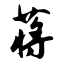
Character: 蒋